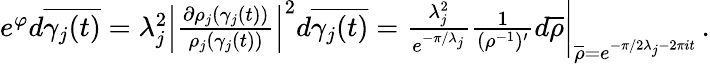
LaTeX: \begin{array}{r}{e^{\varphi}d\overline{{\gamma_{j}(t)}}=\lambda_{j}^{2}\left|{\frac{\partial\rho_{j}(\gamma_{j}(t))}{\rho_{j}(\gamma_{j}(t))}}\right|^{2}d\overline{{\gamma_{j}(t)}}={\frac{\lambda_{j}^{2}}{e^{-\pi/\lambda_{j}}}}{\frac{1}{(\rho^{-1})^{\prime}}}d\overline{{\rho}}\bigg|_{\overline{{\rho}}=e^{-\pi/2\lambda_{j}-2\pi it}}\, .}\end{array}